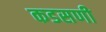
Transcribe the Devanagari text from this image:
कडसणी